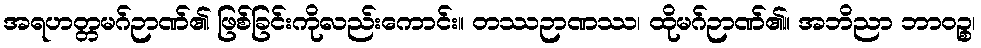
အရဟတ္တမဂ်ဉာဏ်၏ ဖြစ်ခြင်းကိုလည်းကောင်း။ တဿဉာဏဿ၊ ထိုမဂ်ဉာဏ်၏။ အဘိညာ ဘာဝဉ္စ၊